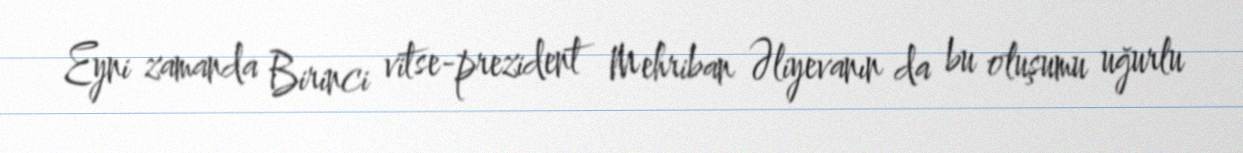
Eyni zamanda Birinci vitse-prezident Mehriban Əliyevanın da bu oluşumu uğurlu